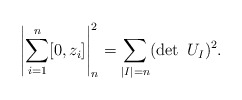
\begin{align*}\left|\sum_{i=1}^n[0,z_i]\right|_n^2=\sum_{|I|=n}(\det\ U_I)^2.\end{align*}